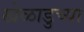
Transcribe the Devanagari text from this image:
खेळाडुच्या